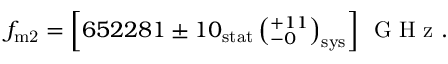
f _ { \mathrm { m 2 } } = \left[ 6 5 2 2 8 1 \pm 1 0 _ { \mathrm { s t a t } } \left( ^ { + 1 1 } _ { - 0 } \right) _ { \mathrm { s y s } } \right] \ensuremath { \, \mathrm { ~ G ~ H ~ z ~ } } .